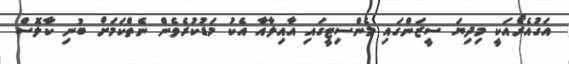
އަގުއެރޯއަކީ މިދިޔަ ސީޒަންގައި މެންސިޓީގައި އާއިލާއާ އެކު މަޑުކުރެވެން ނެތްކަމަށް ބުނި ކާލޮސް